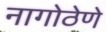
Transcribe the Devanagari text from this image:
नागोठेणे